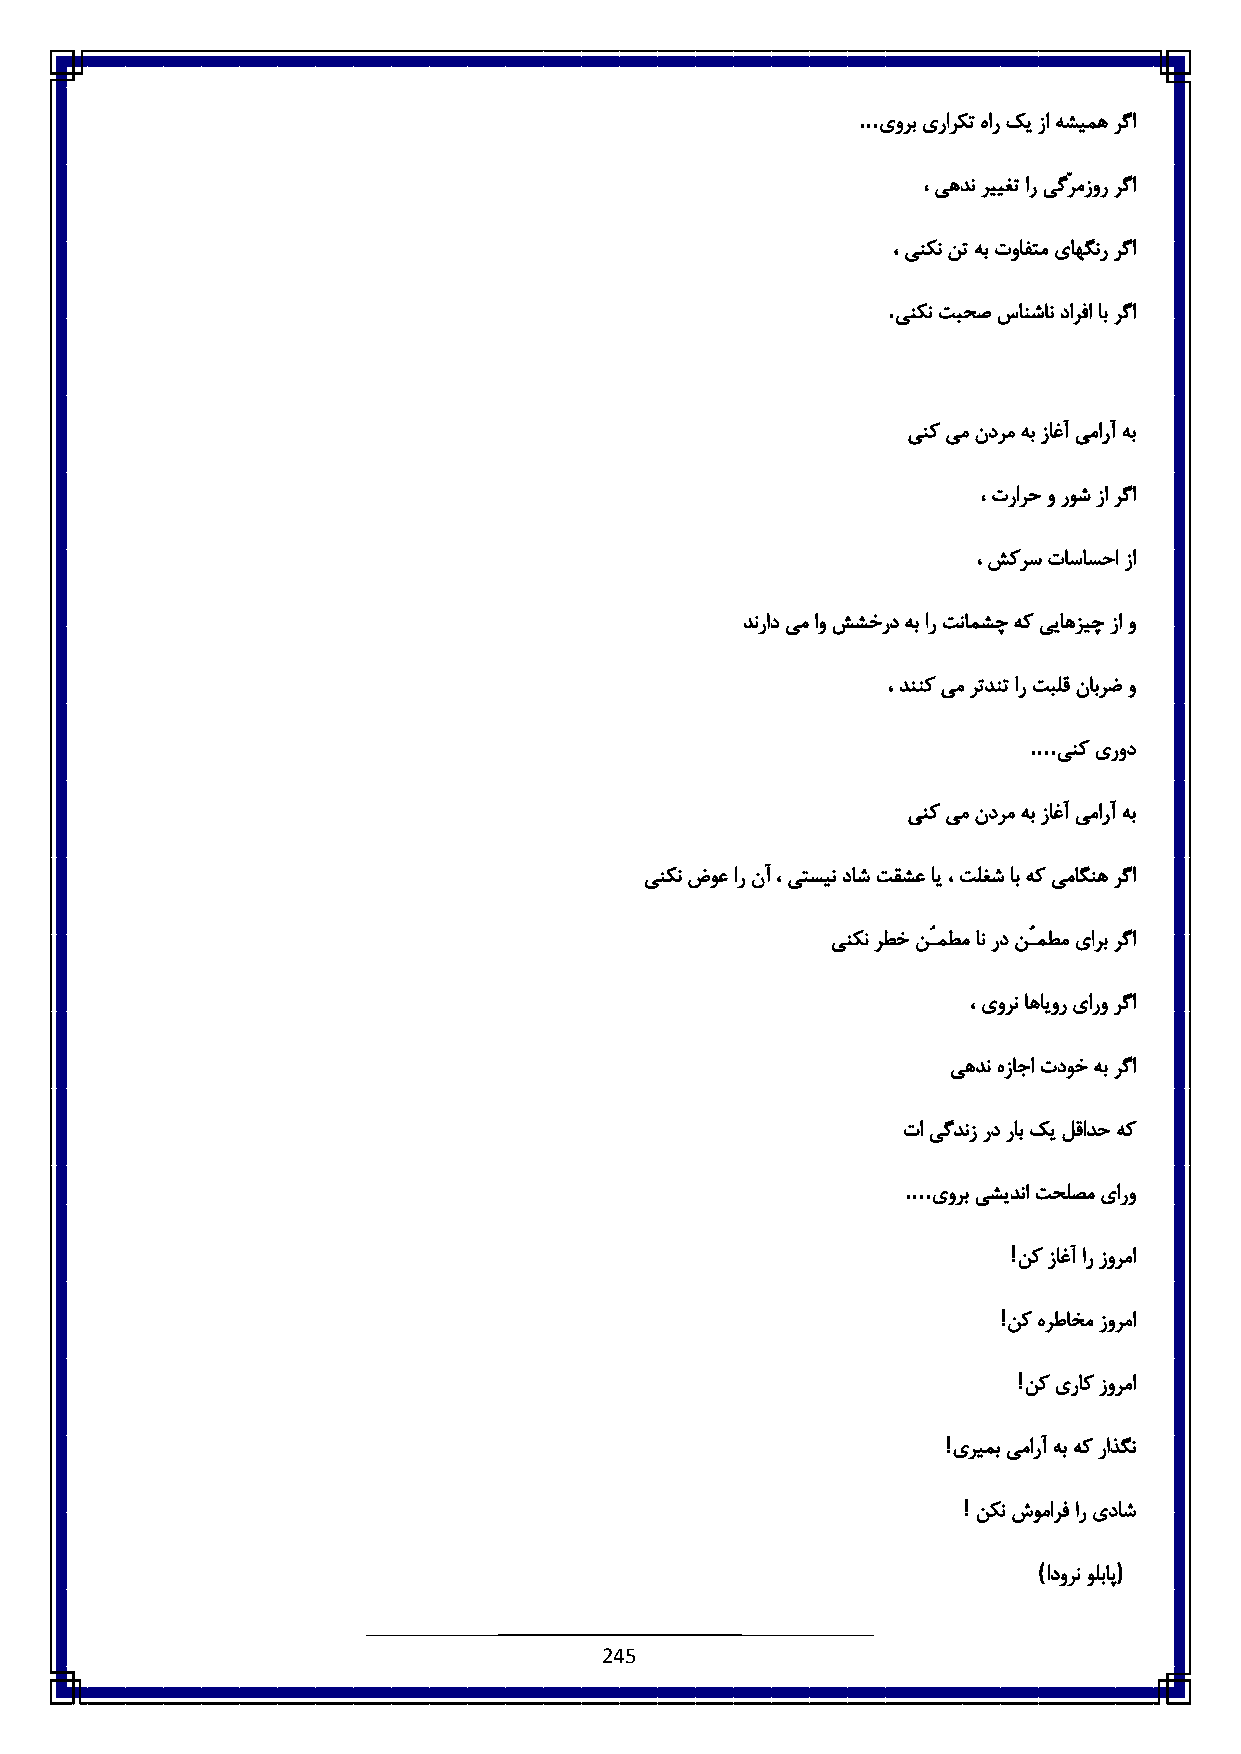
...
 یورب یرارکت هار کی زا هشیمه رگا
 ، یهدن رییغت ار یگّرمزور رگا
 ، ینکن نت هب توافتم یاهگنر رگا
 .
 ینکن تبحص سانشان دارفا اب رگا
 ینک یم ندرم هب زاغآ یمارآ هب
 ، ترارح و روش زا رگا
 ، شکرس تاساسحا زا
 دنراد یم او ششخرد هب ار تنامشچ هک ییاهزیچ زا و
 ، دننک یم رتدنت ار تبلق نابرض و
 ....
 ینک یرود
 ینک یم ندرم هب زاغآ یمارآ هب
 ینکن ضوع ار نآ ، یتسین داش تقشع ای ، تلغش اب هک یماگنه رگا
 ینکن رطخ نُـمطم ان رد نُـمطم یارب رگا
 ، یورن اهایور یارو رگا
 یهدن هزاجا تدوخ هب رگا
 تا یگدنز رد راب کی لقادح هک
 ....
 یورب یشیدنا تحلصم یارو
 !
 نک زاغآ ار زورما
 !
 نک هرطاخم زورما
 !
 نک یراک زورما
 !
 یریمب یمارآ هب هک راذگن
 !
 نکن شومارف ار یداش
 (    )
 ادورن ولباپ
 245